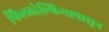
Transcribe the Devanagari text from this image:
फिलाडेल्फियापासून